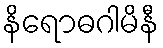
နိရောဓဂါမိနီ